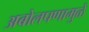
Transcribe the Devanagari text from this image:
अबोलपणामुळे